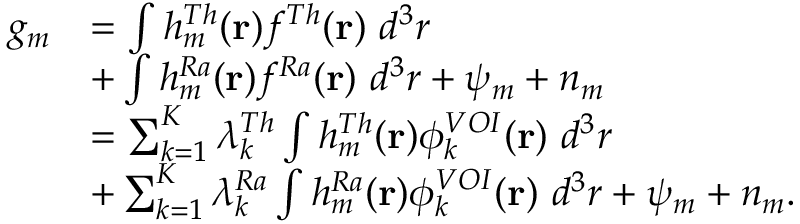
\begin{array} { r l } { g _ { m } } & { = \int h _ { m } ^ { T h } ( \mathbf { r } ) f ^ { T h } ( \mathbf { r } ) ~ d ^ { 3 } r } \\ & { + \int h _ { m } ^ { R a } ( \mathbf { r } ) f ^ { R a } ( \mathbf { r } ) ~ d ^ { 3 } r + \psi _ { m } + n _ { m } } \\ & { = \sum _ { k = 1 } ^ { K } \lambda _ { k } ^ { T h } \int h _ { m } ^ { T h } ( \mathbf { r } ) \phi _ { k } ^ { V O I } ( \mathbf { r } ) ~ d ^ { 3 } r } \\ & { + \sum _ { k = 1 } ^ { K } \lambda _ { k } ^ { R a } \int h _ { m } ^ { R a } ( \mathbf { r } ) \phi _ { k } ^ { V O I } ( \mathbf { r } ) ~ d ^ { 3 } r + \psi _ { m } + n _ { m } . } \end{array}